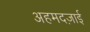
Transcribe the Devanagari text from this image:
अहमदज़ाई